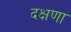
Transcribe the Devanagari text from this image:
दक्षणा